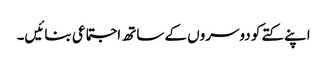
اپنے کتے کو دوسروں کے ساتھ اجتماعی بنائیں۔